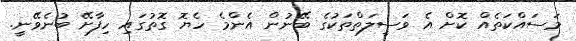
މަސައްކަތެއް ކޮށް އެ ވަސީލަތްތަކުގެ ބޭނުން އެންމެ ހެޔޮ ގޮތުގައި ހިފާށޭ ބުނެވޭނީ.